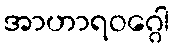
အာဟာရဝဂ္ဂေါ